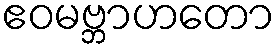
ဧဝမဗ္ဘာဟတော